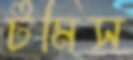
টমিস